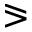
\eqslantgtr